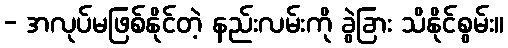
- အလုပ်မဖြစ်နိုင်တဲ့ နည်းလမ်းကို ခွဲခြား သိနိုင်စွမ်း။